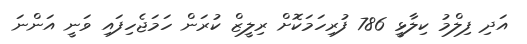
އަދި ފިލްމު ކިލާޅީ 786 ފުރިހަމަކޮށް ރިލީޒް ކުރަން ހަމަޖެހިފައި ވަނީ އަންނަ